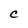
Character: C